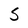
Character: S